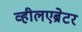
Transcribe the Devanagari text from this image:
व्हीलएब्रेटर